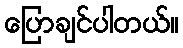
ပြောချင်ပါတယ်။